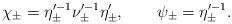
LaTeX: \begin{align*}\chi_\pm = \eta_\pm^{\prime -1} \nu_\pm^{\prime -1} \eta'_\pm, \qquad\psi_\pm = \eta_\pm^{\prime -1}.\end{align*}